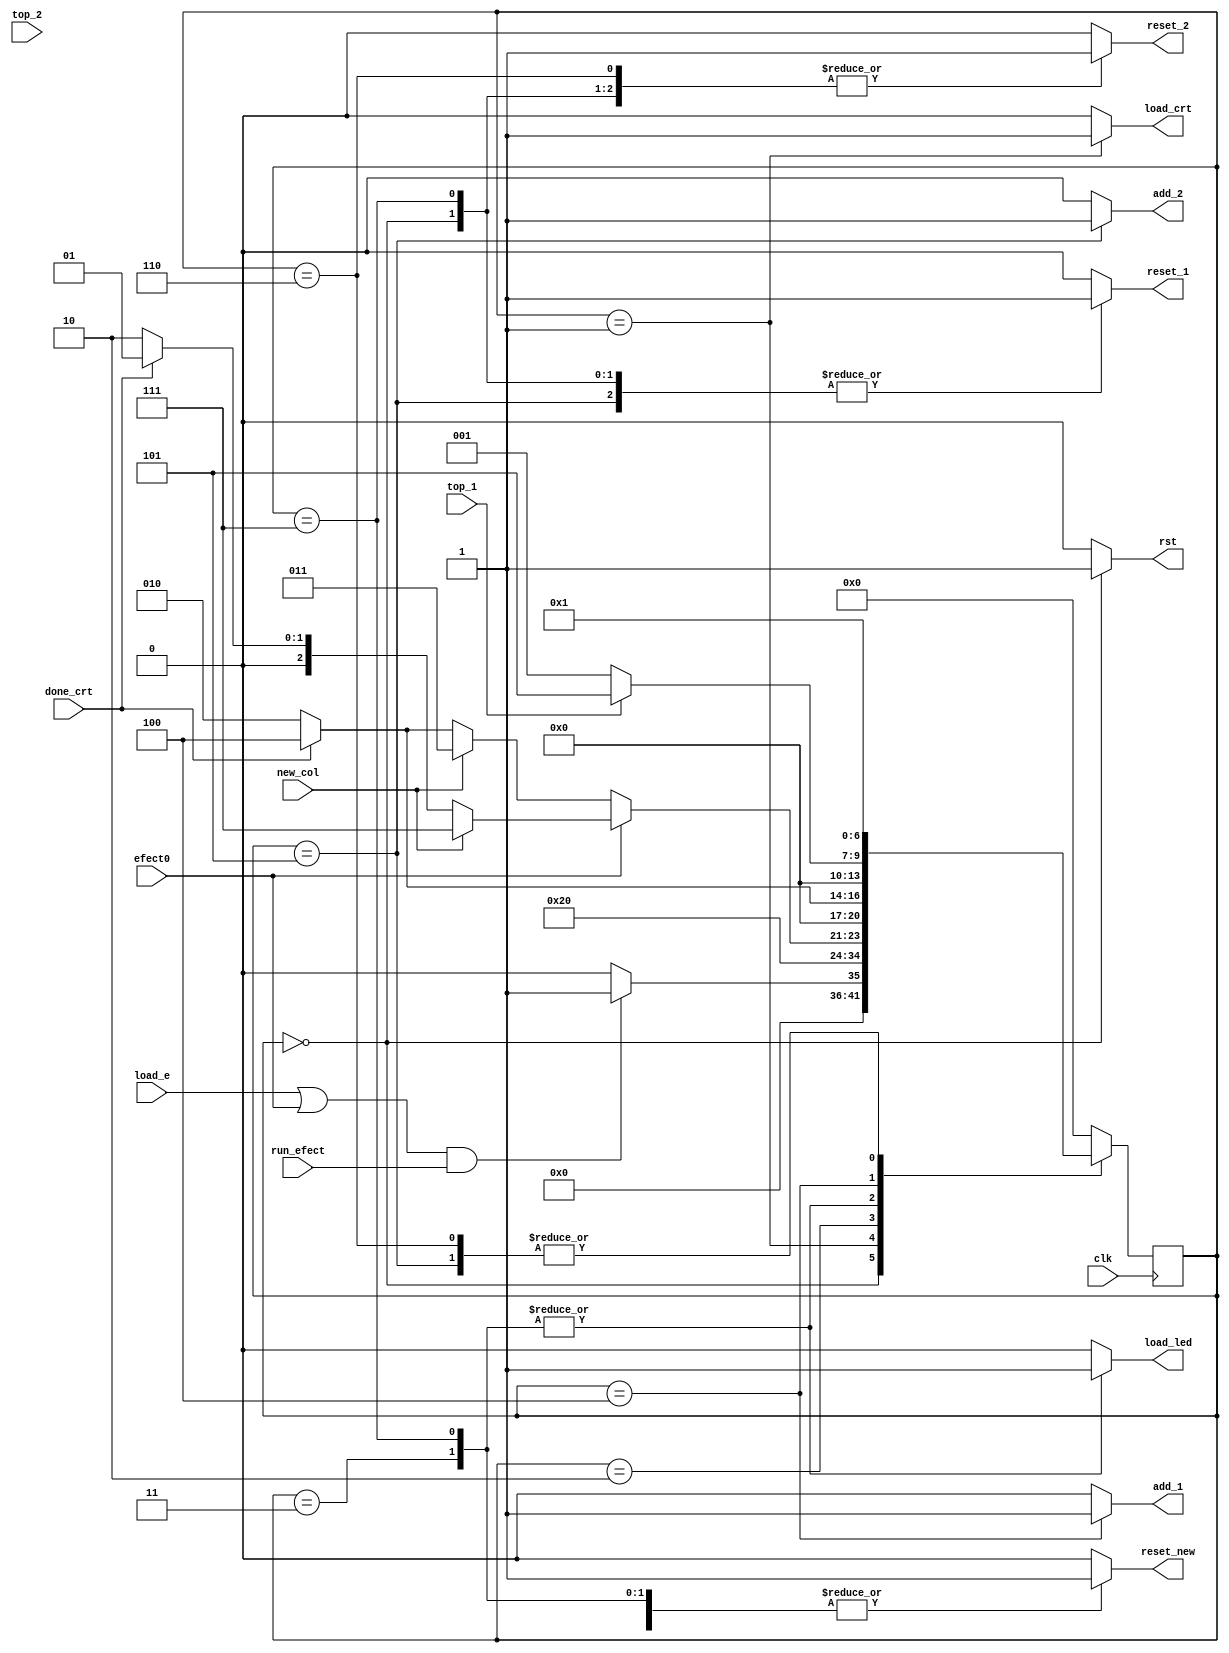
module control_leer(clk,load_e,efect0,add_1,add_2,reset_1,reset_2,top_1,top_2,load_crt,done_crt,new_col,reset_new,load_led,rst,run_efect);
	input clk;
	input load_e;
	input efect0;
	input top_1;
	input top_2; 
	input done_crt;
	input new_col;
	input run_efect;
	output reg rst;
	output reg add_1;
	output reg add_2;
	output reg reset_1;
	output reg reset_2;
	output reg load_crt;
	output reg reset_new;
	output reg load_led;				
	reg [6:0] current_state;
	reg [6:0] next_state;
	
	parameter start=7'b0000000, state_1=7'b0000001, state_2=7'b0000010, state_3=7'b0000011, state_4=7'b0000100, state_5=7'b0000101, state_6=7'b0000110,state_3f=7'b0000111; 

	always @(top_1 or run_efect or load_e or efect0 or  top_2 or done_crt or new_col or current_state)begin
		case(current_state)
     		start: 	begin			//encendido esperando load
						add_1= 1'b0 ;
						add_2= 1'b0;
						reset_1= 1'b1;
						reset_2= 1'b1;
						load_crt= 1'b0;
						reset_new= 1'b1;
						load_led= 1'b0;
						rst=1'b1;
						if ((load_e==1'b1 || efect0==1'b1) && run_efect==1'b1) next_state<=state_1;
						else next_state<=start;
					end
			state_1:	begin 		//Inicio de imprecion 256 col

						add_1= 1'b0 ;
						add_2= 1'b0;
						reset_1= 1'b0;
						reset_2= 1'b0;
						load_crt= 1'b1;
						reset_new= 1'b1;
						load_led= 1'b0;
						rst=1'b0;

						next_state<=state_2;
					end
			

			
				state_2:	begin		//Esperando new colum

						add_1= 1'b0 ;
						add_2= 1'b0;
						reset_1= 1'b0;
						reset_2= 1'b0;
						load_crt= 1'b0;
						reset_new= 1'b0;
						load_led= 1'b0;
						rst=1'b0;
						if(efect0==1'b1) begin
						if (new_col == 1'b1) next_state<=state_3f;
						else if (done_crt==1'b1)next_state<=state_1;
						else next_state<=state_2;
						end else begin
						if (new_col == 1'b1) next_state<=state_3;
						else if (done_crt==1'b1)next_state<=state_4;
						else next_state<=state_2;
						end
					end
			state_3:	begin		//carga leds para corrimiento
						add_1= 1'b0 ;
						add_2= 1'b0;
						reset_1= 1'b0;
						reset_2= 1'b0;
						load_crt= 1'b0;
						reset_new= 1'b1;
						load_led= 1'b1;
						rst=1'b0;
						if (done_crt==1'b1)next_state<=state_4;
						else next_state<=state_2;

					end
					
					//Efecto fijo>XXXXXX
			state_3f:	begin		//EFECTO FIJO
						add_1= 1'b0 ;
						add_2= 1'b0;
						reset_1= 1'b1;
						reset_2= 1'b1;
						load_crt= 1'b0;
						reset_new= 1'b1;
						load_led= 1'b1;
						rst=1'b0;
						if (done_crt==1'b1)next_state<=state_4;
						else next_state<=state_2;

					end
					
			state_4:	begin		// Aumento de vueltas
			
						add_1= 1'b1;
						add_2= 1'b0;
						reset_1= 1'b0;
						reset_2= 1'b0;
						load_crt= 1'b0;
						reset_new= 1'b0;
						load_led= 1'b0;
						rst=1'b0;
						if (top_1==1'b1)next_state<=state_5;
						else next_state<=state_1;
			
					end
			state_5:	begin		// Aumento de corrimiento
			
						add_1= 1'b0 ;
						add_2= 1'b1;
						reset_1= 1'b1;	//		temp<=leds
						reset_2= 1'b0;//chan=1;        if(chan)temp<=~temp;
						load_crt= 1'b0;			
						reset_new= 1'b0;		//ledsOut<=temp;
						load_led= 1'b0;
						rst=1'b0;
						next_state<=state_1;
					end
			state_6:	begin		// reinicio de corrimiento
			
						add_1= 1'b0 ;
						add_2= 1'b0;
						reset_1= 1'b0;
						reset_2= 1'b1;
						load_crt= 1'b0;
						reset_new= 1'b0;
						load_led= 1'b0;
						rst=1'b0;
						next_state<=state_1;
					end


			default:
					begin
						add_1= 1'b0 ;
						add_2= 1'b0;
						reset_1= 1'b0;
						reset_2= 1'b0;
						load_crt= 1'b0;
						reset_new= 1'b0;
						load_led= 1'b0;
						rst=1'b0;
						next_state<=start;
					end
		endcase
	end	

	always @(negedge clk) begin
	    current_state<=next_state;	
	end
endmodule